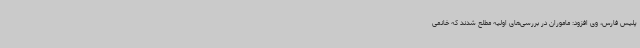
پلیس فارس، وی افزود: ماموران در بررسی‌های اولیه مطلع شدند که خانمی